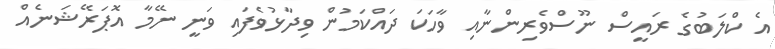
އެ ކްލަބުގެ ރައީސް ނޫސްވެރިންނާއި ވާހަކަ ދައްކަމުން ވިދާޅުވެފައި ވަނީ ނޭމާ އޮޕަރޭޝަނެއް